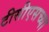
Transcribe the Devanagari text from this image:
टीसीएसच्या